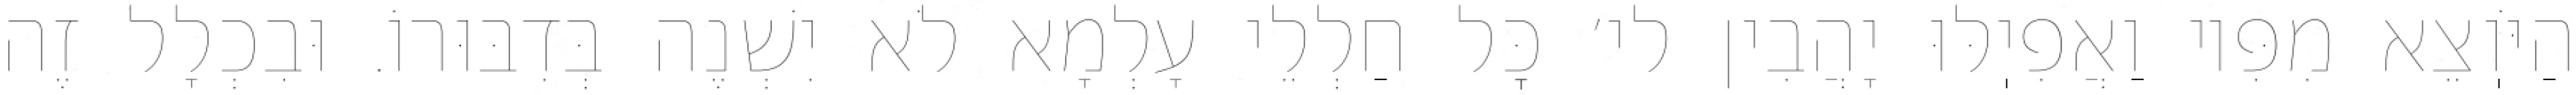
הַיֹּוֽצֵא מִפִּיו וַאֲפִיֽלּוּ יָהֲבִין לי׳ כׇּל חַלְלֵי עָלְמָא לֹא יִשְׁנֶה בְּדִבּוּרוֹ. וּבִכְלָל זֶה